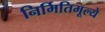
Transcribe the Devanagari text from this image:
निर्मितिमूल्ये